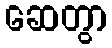
ဆေတွာ